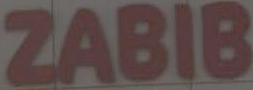
ZABIB